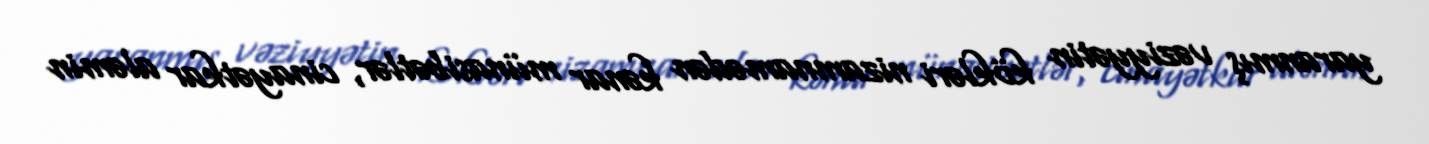
yaranmış vəziyyətin kökləri nizamnamədən kənar münasibətlər, cinayətkar aləmin